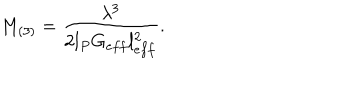
M _ { ( 3 ) } = \frac { \lambda ^ { 3 } } { 2 l _ { P } G _ { e f f } l _ { e f f } ^ { 2 } } .